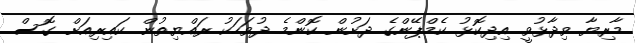
މާރިޔާ ވިދާޅުވީ އިދިކޮޅު ކެމްޕޭންގެ ދަށުން ކޮންމެ ދުވަހަކު ރައްޔިތުން ކައިރިއަށް ގޮސް